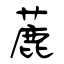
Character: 蔍